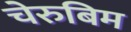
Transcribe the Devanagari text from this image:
चेरुबिम